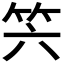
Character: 𥫰